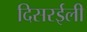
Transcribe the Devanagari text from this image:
दिसरईली